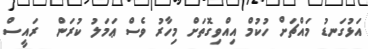
އަޅުގަނޑު މައްޗަށް ހުކުމް އިއްވިގޮތަށް މިހާރު ވެސް ޢަމަލު ކުރަން  ރައީސް